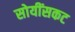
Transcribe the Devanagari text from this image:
सोयींसकट